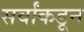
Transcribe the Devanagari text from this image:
सर्वांकडून